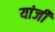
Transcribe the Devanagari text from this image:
यांजी